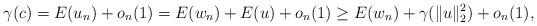
\begin{align*} \gamma(c)=E(u_n)+o_n(1) =E(w_n) +E(u)+o_n(1) \geq E(w_n) +\gamma(\|u\|_2^2)+o_n(1),\end{align*}